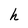
Character: h